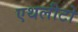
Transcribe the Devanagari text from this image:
एथलीटो